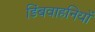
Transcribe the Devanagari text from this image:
डिंबवाहनियों